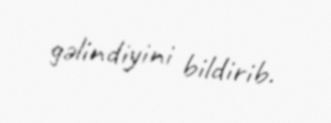
gəlindiyini bildirib.